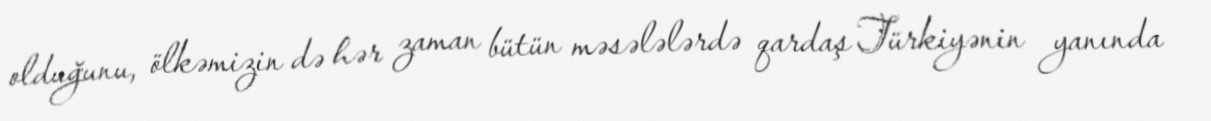
olduğunu, ölkəmizin də hər zaman bütün məsələlərdə qardaş Türkiyənin yanında